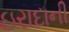
ઇરાદાની